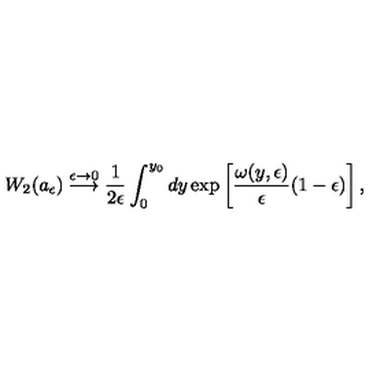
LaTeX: W _ { 2 } ( a _ { \epsilon } ) \stackrel { \epsilon \rightarrow 0 } { \longrightarrow } { \frac { 1 } { 2 \epsilon } } \int _ { 0 } ^ { y _ { 0 } } d y \exp \left[ { \frac { \omega ( y , \epsilon ) } { \epsilon } } ( 1 - \epsilon ) \right] ,